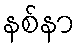
နစ်နာ